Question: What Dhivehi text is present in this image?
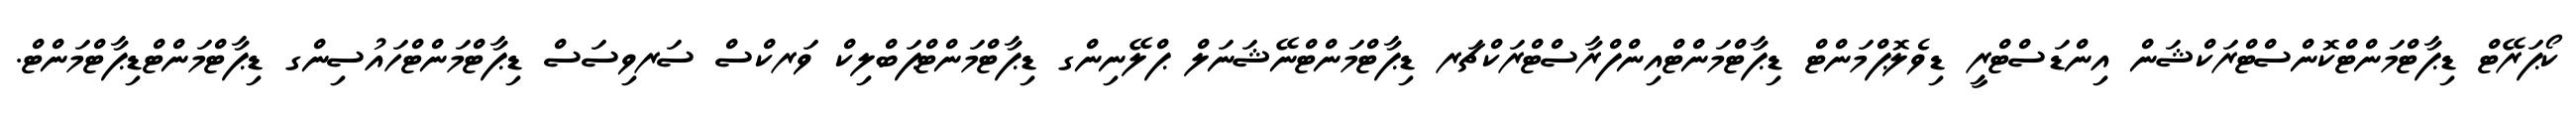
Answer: ކޯޕަރޭޓް ޑިޕާޓްމަންޓްކޮންސްޓްރަކްޝަން އިންޑަސްޓްރީ ޑިވެލޮޕްމަންޓް ޑިޕާޓްމަންޓްއިންފްރާސްޓްރަކްޗަރ ޑިޕާޓްމަންޓްނޭޝަނަލް ޕްލޭނިންގ ޑިޕާޓްމަންޓްޕަބްލިކް ވަރކްސް ސަރވިސަސް ޑިޕާޓްމަންޓްހައުސިންގ ޑިޕާޓްމަންޓްޑިޕާޓްމަންޓް.